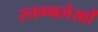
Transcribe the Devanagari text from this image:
स्तम्भलेखों